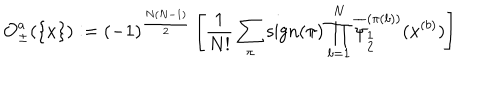
{ \cal O } _ { \pm } ^ { a } ( \{ x \} ) : = ( - 1 ) ^ { \frac { N ( N - 1 ) } { 2 } } \left[ \frac { 1 } { N ! } \sum _ { \pi } \mathrm { s i g n } ( \pi ) \prod _ { b = 1 } ^ { N } \overline { { { \psi } } } _ { \stackrel { { \scriptstyle 1 } } { { \scriptstyle 2 } } } ^ { ( \pi ( b ) ) } ( x ^ { ( b ) } ) \right]